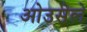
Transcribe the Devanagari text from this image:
ओउसेले